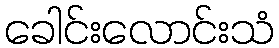
ခေါင်းလောင်းသံ